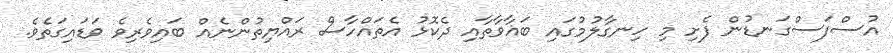
އުސްފަސްގަނޑުން ފެށި މި ހިނގާލުމުގައި ބަޣާވާތާއި ދެކޮޅު އެތައްހާސް ރައްޔިތުންނެއް ބައިވެރިވެ ވަޑައިގަތެވެ.